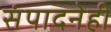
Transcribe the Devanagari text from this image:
संपादनेही